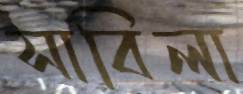
সাবিলা